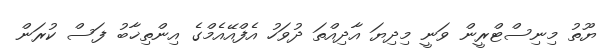
ޔޫތު މިނިސްޓްރީން ވަނީ މިދިޔަ އާދިއްތަ ދުވަހު އެފްއޭއެމްގެ އިންތިޚާބު ފަސް ކުރަން